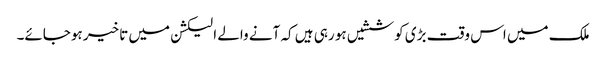
ملک میں اس وقت بڑی کوششیں ہو رہی ہیں کہ آنے والے الیکشن میں تاخیر ہوجائے۔